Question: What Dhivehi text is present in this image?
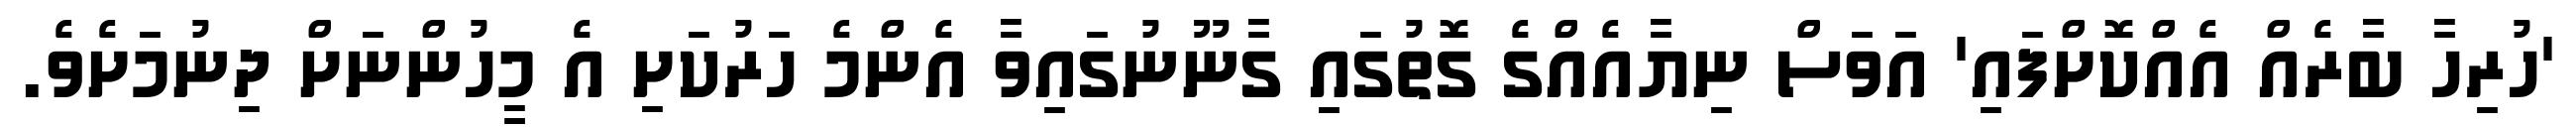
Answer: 'ހުރިހާ ބާރެއް އެއްކޮށްފައި' އަވަސް ނިޔާއެއްގެ ގޮތުގައި ގާނޫނުގައިވާ އެންމެ ހަރުކަށި އެ މީހުންނަށް ދިނުމަށެވެ.